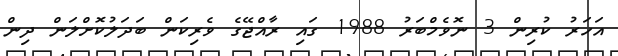
އަހަރު ކުރިން 3 ނޮވެމްބަރު 1988 ގައި ރާއްޖޭގެ ވެރިކަން ބަދަލުކޮށްލަން ދިން